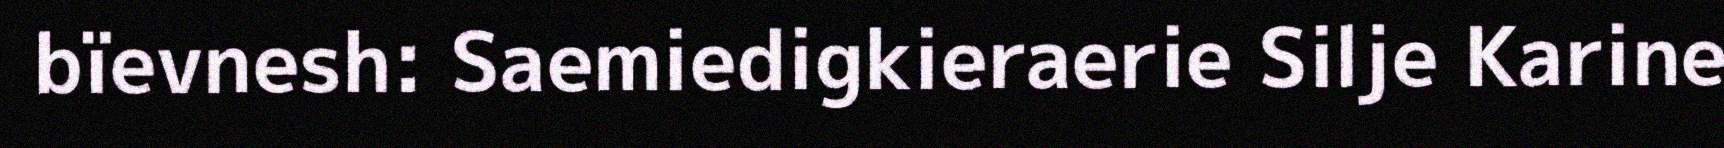
bïevnesh: Saemiedigkieraerie Silje Karine